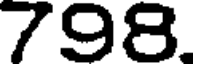
798.